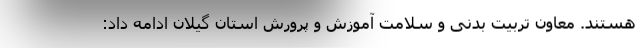
هستند. معاون تربیت بدنی و سلامت آموزش و پرورش استان گیلان ادامه داد: